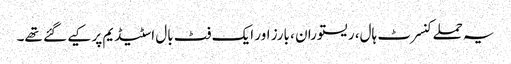
یہ حملے کنسرٹ ہال، ریستوران ، بارز اور ایک فٹ بال اسٹیڈیم پر کیے گئے تھے۔